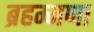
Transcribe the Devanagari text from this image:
ब्रहम्मणा